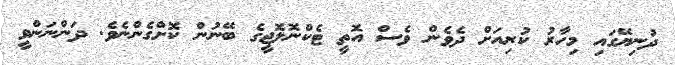
ދުނިޔޭގައި މިހާރު ކުރިއަށް ދެވެން ވެސް އޮތީ ޓެކްނޮލޮޖީގެ ބޭނުން ކޮށްގެންނެވެ. ދަންނަންވީ